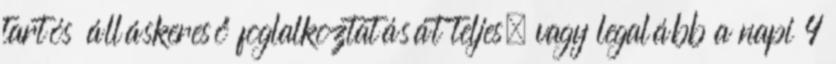
tartós álláskereső foglalkoztatását teljes, vagy legalább a napi 4